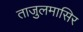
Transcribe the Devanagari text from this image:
ताजुलमासिर